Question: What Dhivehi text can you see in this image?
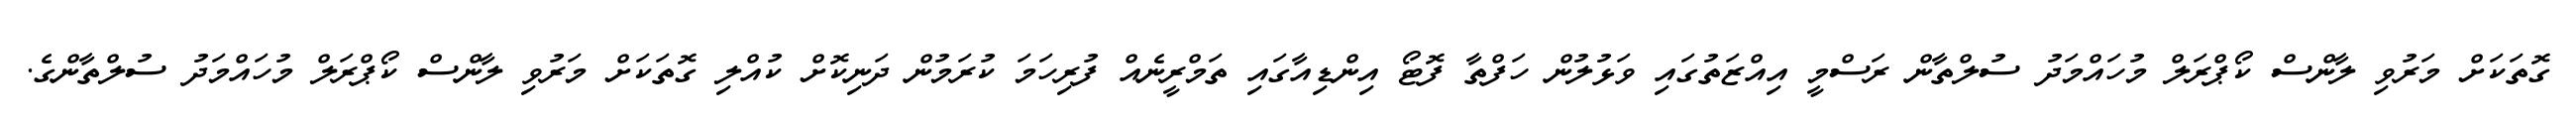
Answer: ގޮތަކަށް މަރުވި ލާންސް ކޯޕްރަލް މުހައްމަދު ސުލްތާން ރަސްމީ އިއްޒަތުގައި ވަޅުލުން ހަފްތާ ފޮޓޯ އިންޑިއާގައި ތަމްރީނެއް ފުރިހަމަ ކުރަމުން ދަނިކޮށް ކުއްލި ގޮތަކަށް މަރުވި ލާންސް ކޯޕްރަލް މުހައްމަދު ސުލްތާންގެ.